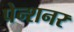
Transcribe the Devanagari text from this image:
पेन्शनर